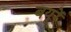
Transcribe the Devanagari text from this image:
बयूरें